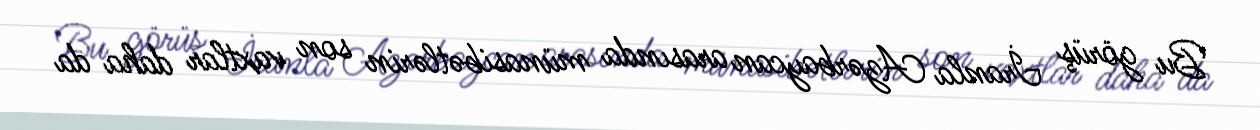
Bu görüş İranla Azərbaycan arasında münasibətlərin son vaxtlar daha da